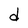
Character: d